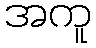
အကူ